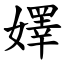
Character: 嬕